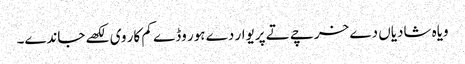
ویاہ شادیاں دے خرچے تے پریوار دے ہور وڈے کم کار وی لکھے جاندے۔